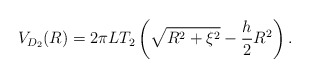
\begin{align*}V_{D_2}(R) = 2 \pi L T_2\left(\sqrt{R^2 + \xi^2} - \frac{h}{2} R^2 \right).\end{align*}